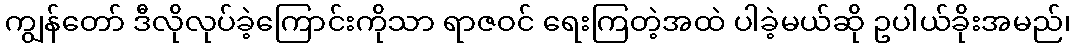
ကျွန်တော် ဒီလိုလုပ်ခဲ့ကြောင်းကိုသာ ရာဇဝင် ရေးကြတဲ့အထဲ ပါခဲ့မယ်ဆို ဥပါယ်ခိုးအမည်၊